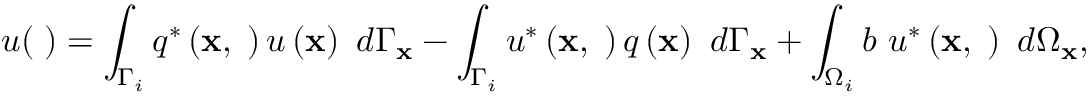
u ( { \mathbf \xi } ) = \int _ { \Gamma _ { i } } q ^ { * } \left( \mathbf { x } , { \mathbf \xi } \right) u \left( \mathbf { x } \right) \ d \Gamma _ { \mathbf { x } } - \int _ { \Gamma _ { i } } u ^ { * } \left( \mathbf { x } , { \mathbf \xi } \right) q \left( \mathbf { x } \right) \ d \Gamma _ { \mathbf { x } } + \int _ { \Omega _ { i } } b \ u ^ { * } \left( \mathbf { x } , { \mathbf \xi } \right) \ d \Omega _ { \mathbf { x } } ,